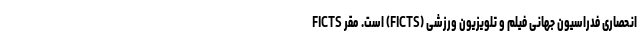
انحصاری فدراسیون جهانی فیلم و تلویزیون ورزشی (FICTS) است. مقر FICTS